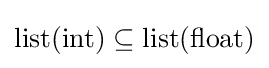
{\text{list}}({\text{int}})\subseteq {\text{list}}({\text{float}})